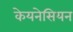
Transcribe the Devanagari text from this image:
केयनेसियन